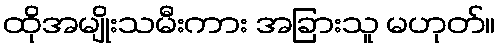
ထိုအမျိုးသမီးကား အခြားသူ မဟုတ်။